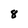
Character: 8